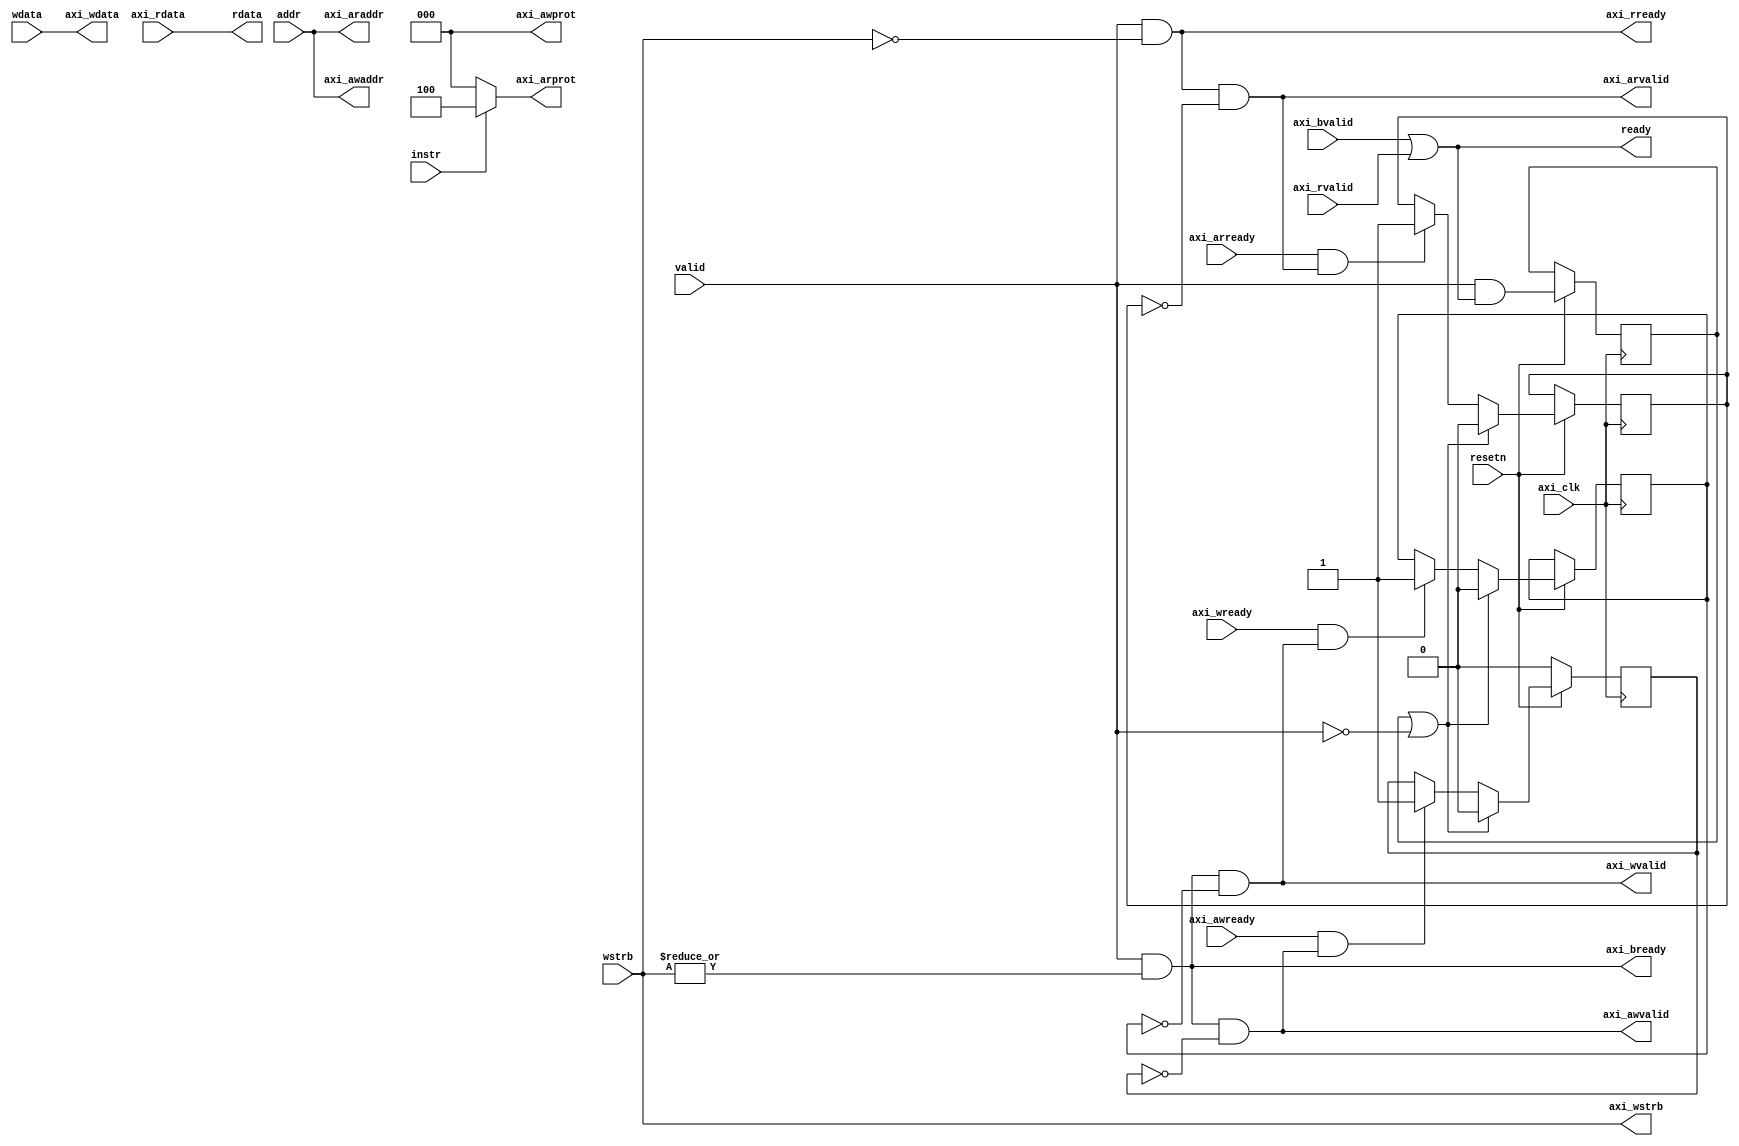
// This program was cloned from: https://github.com/phoeniX-Digital-Design/phoeniX
// License: GNU General Public License v3.0

// AXI4 lite signals:
// axi_aclk     Input   Clock signal. 
// axi_aresetn  Input   Active-Low synchronous reset signal
// axi_awalid   Input   Write address valid. This signal indicates that the channel is signaling valid write address.
// axi_awready  Output  Write address ready. This signal indicates that the slave is ready to accept an address.
// axi_awaddr   Input   Write address. The write address gives the address of the transaction.
// axi_wvalid   Input   Write valid. This signal indicates that valid write data are available.
// axi_wready   Output  Write ready. This signal indicates that the slave can accept the write data.
// axi_wdata    Input   Write data.
// axi_bvalid   Output  Write response valid. This signal indicates that the channel is signaling a valid write response.
// axi_bready   Input   Write response ready. This signal indicates that the master can accept a write response.
// axi_bresp    Output  Write response. This signal indicate the status of the write transaction.
// axi_arvalid  Input   Read address valid. This signal indicates that the channel is signaling valid read address.
// axi_arready  Output  Read address ready. This signal indicates that the slave is ready to accept an address.
// axi_araddr   Input   Read address. The read address gives the address of the transaction.
// axi_rvalid   Output  Read valid. This signal indicates that the channel is signaling the required read data.
// axi_rready   Input   Read ready. This signal indicates that the master can accept the read data and response information.
// axi_rdata    Output  Read data.
// axi_rresp    Output  Read response. This signal indicate the status of the read transfer.
// Reference : https://docs.xilinx.com/r/en-US/pg211-50g-ethernet/AXI4-Lite-Interface-Ports

module AXI4_Lite_Interface 
(
	input  axi_clk, 
    input  resetn, // AXI is reset low

	output axi_awvalid,
	input  axi_awready,
	output [31 : 0] axi_awaddr,
	output [2  : 0] axi_awprot,

    // AXI4 Lite write logic signals
	output axi_wvalid,
	input  axi_wready,
	output [31 : 0] axi_wdata,
	output [3  : 0] axi_wstrb,

	input  axi_bvalid,
	output axi_bready,

    // AXI4 Lite write logic signals
	output axi_arvalid,
	input  axi_arready,
	output [31 : 0] axi_araddr,
	output [2  : 0] axi_arprot,

	input  axi_rvalid,
	output axi_rready,
	input  [31 : 0] axi_rdata,

	// Signals interacting with core
	input  valid,
	input  instr,
	output ready,
	input  [31 : 0] addr,
	input  [31 : 0] wdata,
	input  [3  : 0] wstrb,
	output [31 : 0] rdata
);
	reg ack_awvalid;
	reg ack_arvalid;
	reg ack_wvalid;
	reg response;

    // Write logic signal generation
	assign axi_awvalid = valid && |wstrb && !ack_awvalid;
	assign axi_awaddr = addr;
	assign axi_awprot = 0;
    assign axi_wvalid = valid && |wstrb && !ack_wvalid;
	assign axi_wdata = wdata;
	assign axi_wstrb = wstrb;
    // Read logic signal generation
	assign axi_arvalid = valid && !wstrb && !ack_arvalid;
	assign axi_araddr = addr;
	assign axi_arprot = instr ? 3'b100 : 3'b000;
	assign ready = axi_bvalid || axi_rvalid;
	assign axi_bready = valid && |wstrb;
	assign axi_rready = valid && !wstrb;
	assign rdata = axi_rdata;

	always @(posedge axi_clk) 
    begin
		if (!resetn) begin
			ack_awvalid <= 0;
		end else begin
			response <= valid && ready;
			if (axi_awready && axi_awvalid)
				ack_awvalid <= 1;
			if (axi_arready && axi_arvalid)
				ack_arvalid <= 1;
			if (axi_wready && axi_wvalid)
				ack_wvalid <= 1;
			if (response || !valid) 
            begin
				ack_awvalid <= 0;
				ack_arvalid <= 0;
				ack_wvalid <= 0;
			end
		end
	end

endmodule